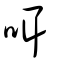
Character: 咡